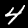
Digit: 4